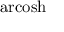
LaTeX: \operatorname { a r c o s h }